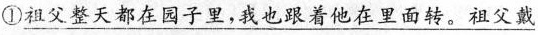
①\underline{祖父整天都在园子里，我也跟着他在里面转。祖父戴}